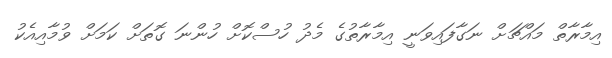
އިމާރާތް މައްޗަށް ނަގާފައިވަނީ އިމާރާތުގެ މެދު ހުސްކޮށް ހުންނަ ގޮތަށް ކަމަށް ވުމާއިއެކު